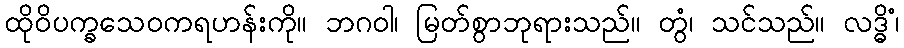
ထိုဝိပက္ခသေဝကရဟန်းကို။ ဘဂဝါ၊ မြတ်စွာဘုရားသည်။ တွံ၊ သင်သည်။ လဒ္ဓိံ၊